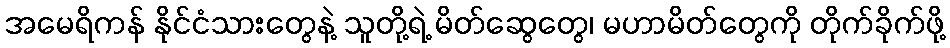
အမေရိကန် နိုင်ငံသားတွေနဲ့ သူတို့ရဲ့ မိတ်ဆွေတွေ၊ မဟာမိတ်တွေကို တိုက်ခိုက်ဖို့